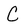
Character: C